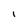
Character: I